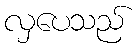
လှပေသည်